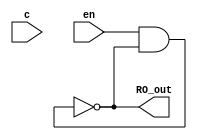
module PUF_RO(

	input en,
	input [3:0] c,
	output RO_out
);

wire #(1) t0;
wire #(1) t1;
wire #(1) t2;
wire #(1) t3;
wire #(1) t4;
wire #(1) t5;

and(t0,en,t5);
not(t1,t0);
not(t2,t1);
not(t3,t2);
not(t4,t3);
not(t5,t4);

assign RO_out = t5;

endmodule